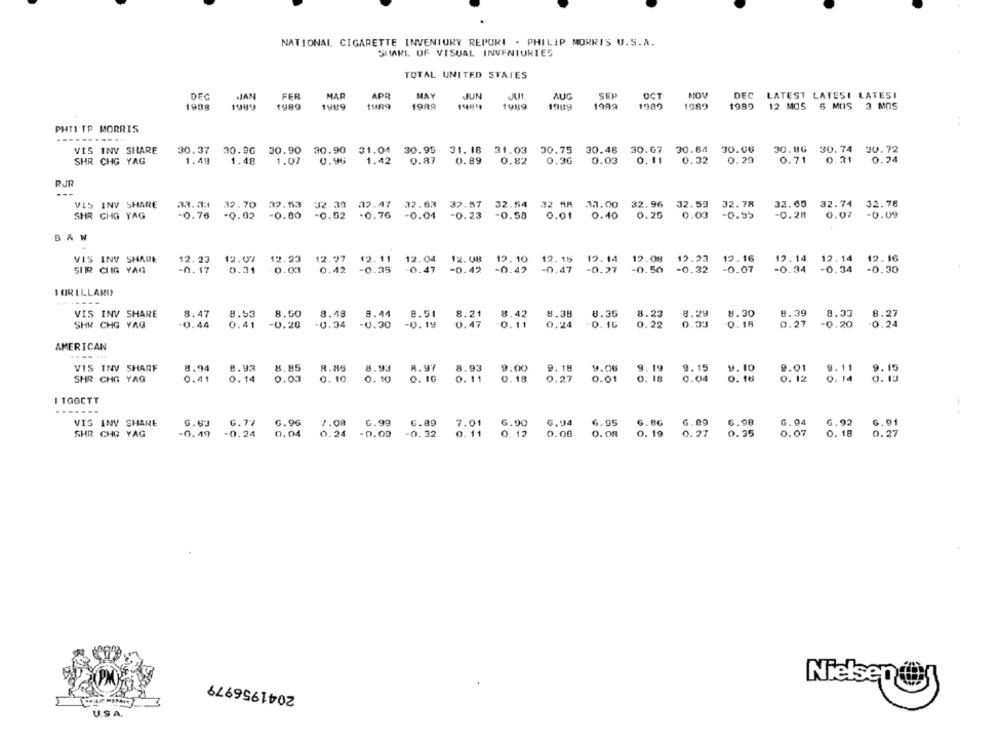
NATIONAL CIGARETTE INVENTORY REPURI - PHILIP MORRIS U.S.A.
SHARE OF VISUAL INVENTURLES
TOTAL UNITED STATES
DFC
JAN
FER
MAR
APR
MAY
JUN
AUG
SEP
OCT
MOV
DEC LATEST LATESI LATESI
1908
1989
1989
1989
tung
1989
1989
1949
1989
1989
1989
12 MOS 6 MOS 3 MOS
PHTI IP MORRIS
...
VIS INV SHARE
30.86 30.74 30.72
30.37 30.96 30.90 30.90 31.04 30.95
31. 18 31.03 30.75 30.48 30.67 30.84 30.06
SHR CHG YAG
1.49
1.48
1.07
0.96
1.42
0.87
0.89
0.82
0.30
0.03
0. 11
0.32
0.20
0.71 0.31
0.24
VIS INV SHARE
33.34 32.70 32.53 32.39
32.63
39.57 32.54 32 58 31.00 32.96 32.59 32.78
32.65
32.74 32.78
SHR GHG YAG
-0.76
-0.02 -0.00 -0.52
32.30 32.47
-0.04 -0.23
0.01 0.40 0.25
-0.28 0.07 -0.09
-0.55
B& W
VIS INV SHARE
12.23
12.07 12.23 12:27 12.11
.08 19.23 12 .16
12. 14 12 14 12.16
SIR CHIG YAG
-0.17
0.31
-0.03
0.42 -0.35
12.04 12.08 12. 10 12:12 0 ,4 20 80 -0.32
-0.42
-0.07
I OR ILLARD
-------
VIS INY SHARE
8.48
8.42
8.30
8.39
8.47
8.53
8.50
8.44
8.51
8.21
8.38
8.35
8.23
8.29
8.33
8.27
SHR CHG YAG
0.44
0.41
-0.20
-0.34
-0.30
-0.19
0.47
0.11
0.24
-0.16
0.22
0.33
0.18
0.27
-0.20
.0.24
AMERICAN
VIS INV SHARF
8.94
8.93
8.85
8.85
8.93
8.97
8.93
9.00
9.18
9.06
9. 19
9.15
9. 10
9.01
9.11
9.15
SHR CHG YAG
0.41
0. 14
0.03
0. 10
0. 10
0. 16
0. 11
0. 18
0.27
0.01
0. 18
0.04
0. 16
0. 12
0. 14
0. 13
TOOCTT
VIS INV SHARE
6.69
G.77
G.96
6.99
6.89
7.01
6.90
6.94
6.95
6. 8G
6.09
6.98
6.94
6.92
6.01
SHR GHG YAG
-0. 49
-0.24
0.04
0.24
-0.00
-0.32
0. 11
0. 12
0.00
0. 08
0. 19
0.27
0.35
0.07
0. 18
0.27
2041956979
Nielsen@S
U.SA.